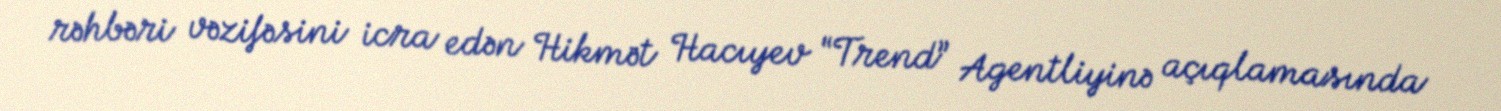
rəhbəri vəzifəsini icra edən Hikmət Hacıyev “Trend” Agentliyinə açıqlamasında